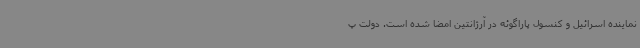
نماینده اسرائیل و کنسول پاراگوئه در آرژانتین امضا شده است. دولت پ